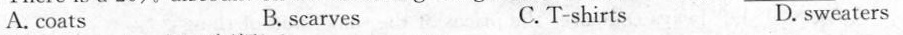
A. coats B. scarves C. T-shirts D. sweaters